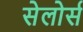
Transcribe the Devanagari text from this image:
सेलोर्स